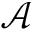
\mathcal { A }